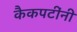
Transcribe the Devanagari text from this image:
कैकपटींनी